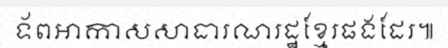
ទ័ពអាកាសសាធារណរដ្ឋខ្មែរផងដែរ៕